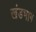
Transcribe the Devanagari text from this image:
खंडभाग